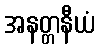
အနတ္တနီယံ